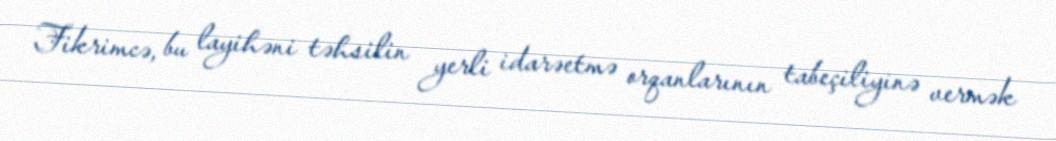
Fikrimcə, bu layihəni təhsilin yerli idarəetmə orqanlarının tabeçiliyinə vermək